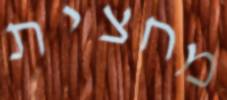
מחצית